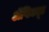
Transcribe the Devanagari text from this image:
ॲप्टिट्यूड